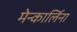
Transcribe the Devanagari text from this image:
मेन्कार्लिना